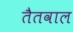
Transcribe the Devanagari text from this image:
तैतवाल